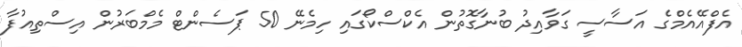
އެފްއޭއެމްގެ އަސާސީ ގަވާއިދު ބުނާގޮތުން އެކްސްކޯގައި ހިމެނޭ 50 ޕަސެންޓް މެމްބަރުން އިސްތިއުފާ